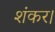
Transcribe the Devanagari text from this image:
शंकर।